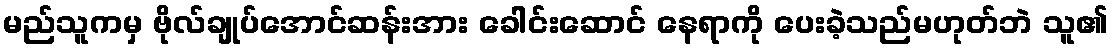
မည်သူကမှ ဗိုလ်ချုပ်အောင်ဆန်းအား ခေါင်းဆောင် နေရာကို ပေးခဲ့သည်မဟုတ်ဘဲ သူ၏